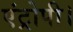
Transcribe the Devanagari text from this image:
एंट्रोपी।